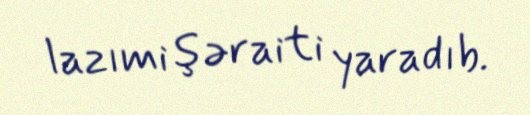
lazımi şəraiti yaradıb.